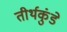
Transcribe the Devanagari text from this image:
तीर्थकुंडे